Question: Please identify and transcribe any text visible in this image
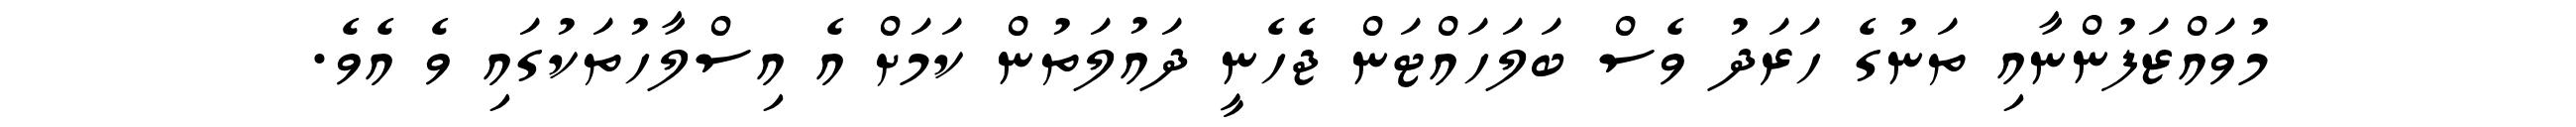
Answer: މުވައްޒަފުންނާއި ތަނުގެ ހަރަދު ވެސް ބަލަހައްޓަން ޖެހެނީ ދައުލަތުން ކަމަށް އެ އިސްލާހުތަކުގައި ވެ އެވެ.